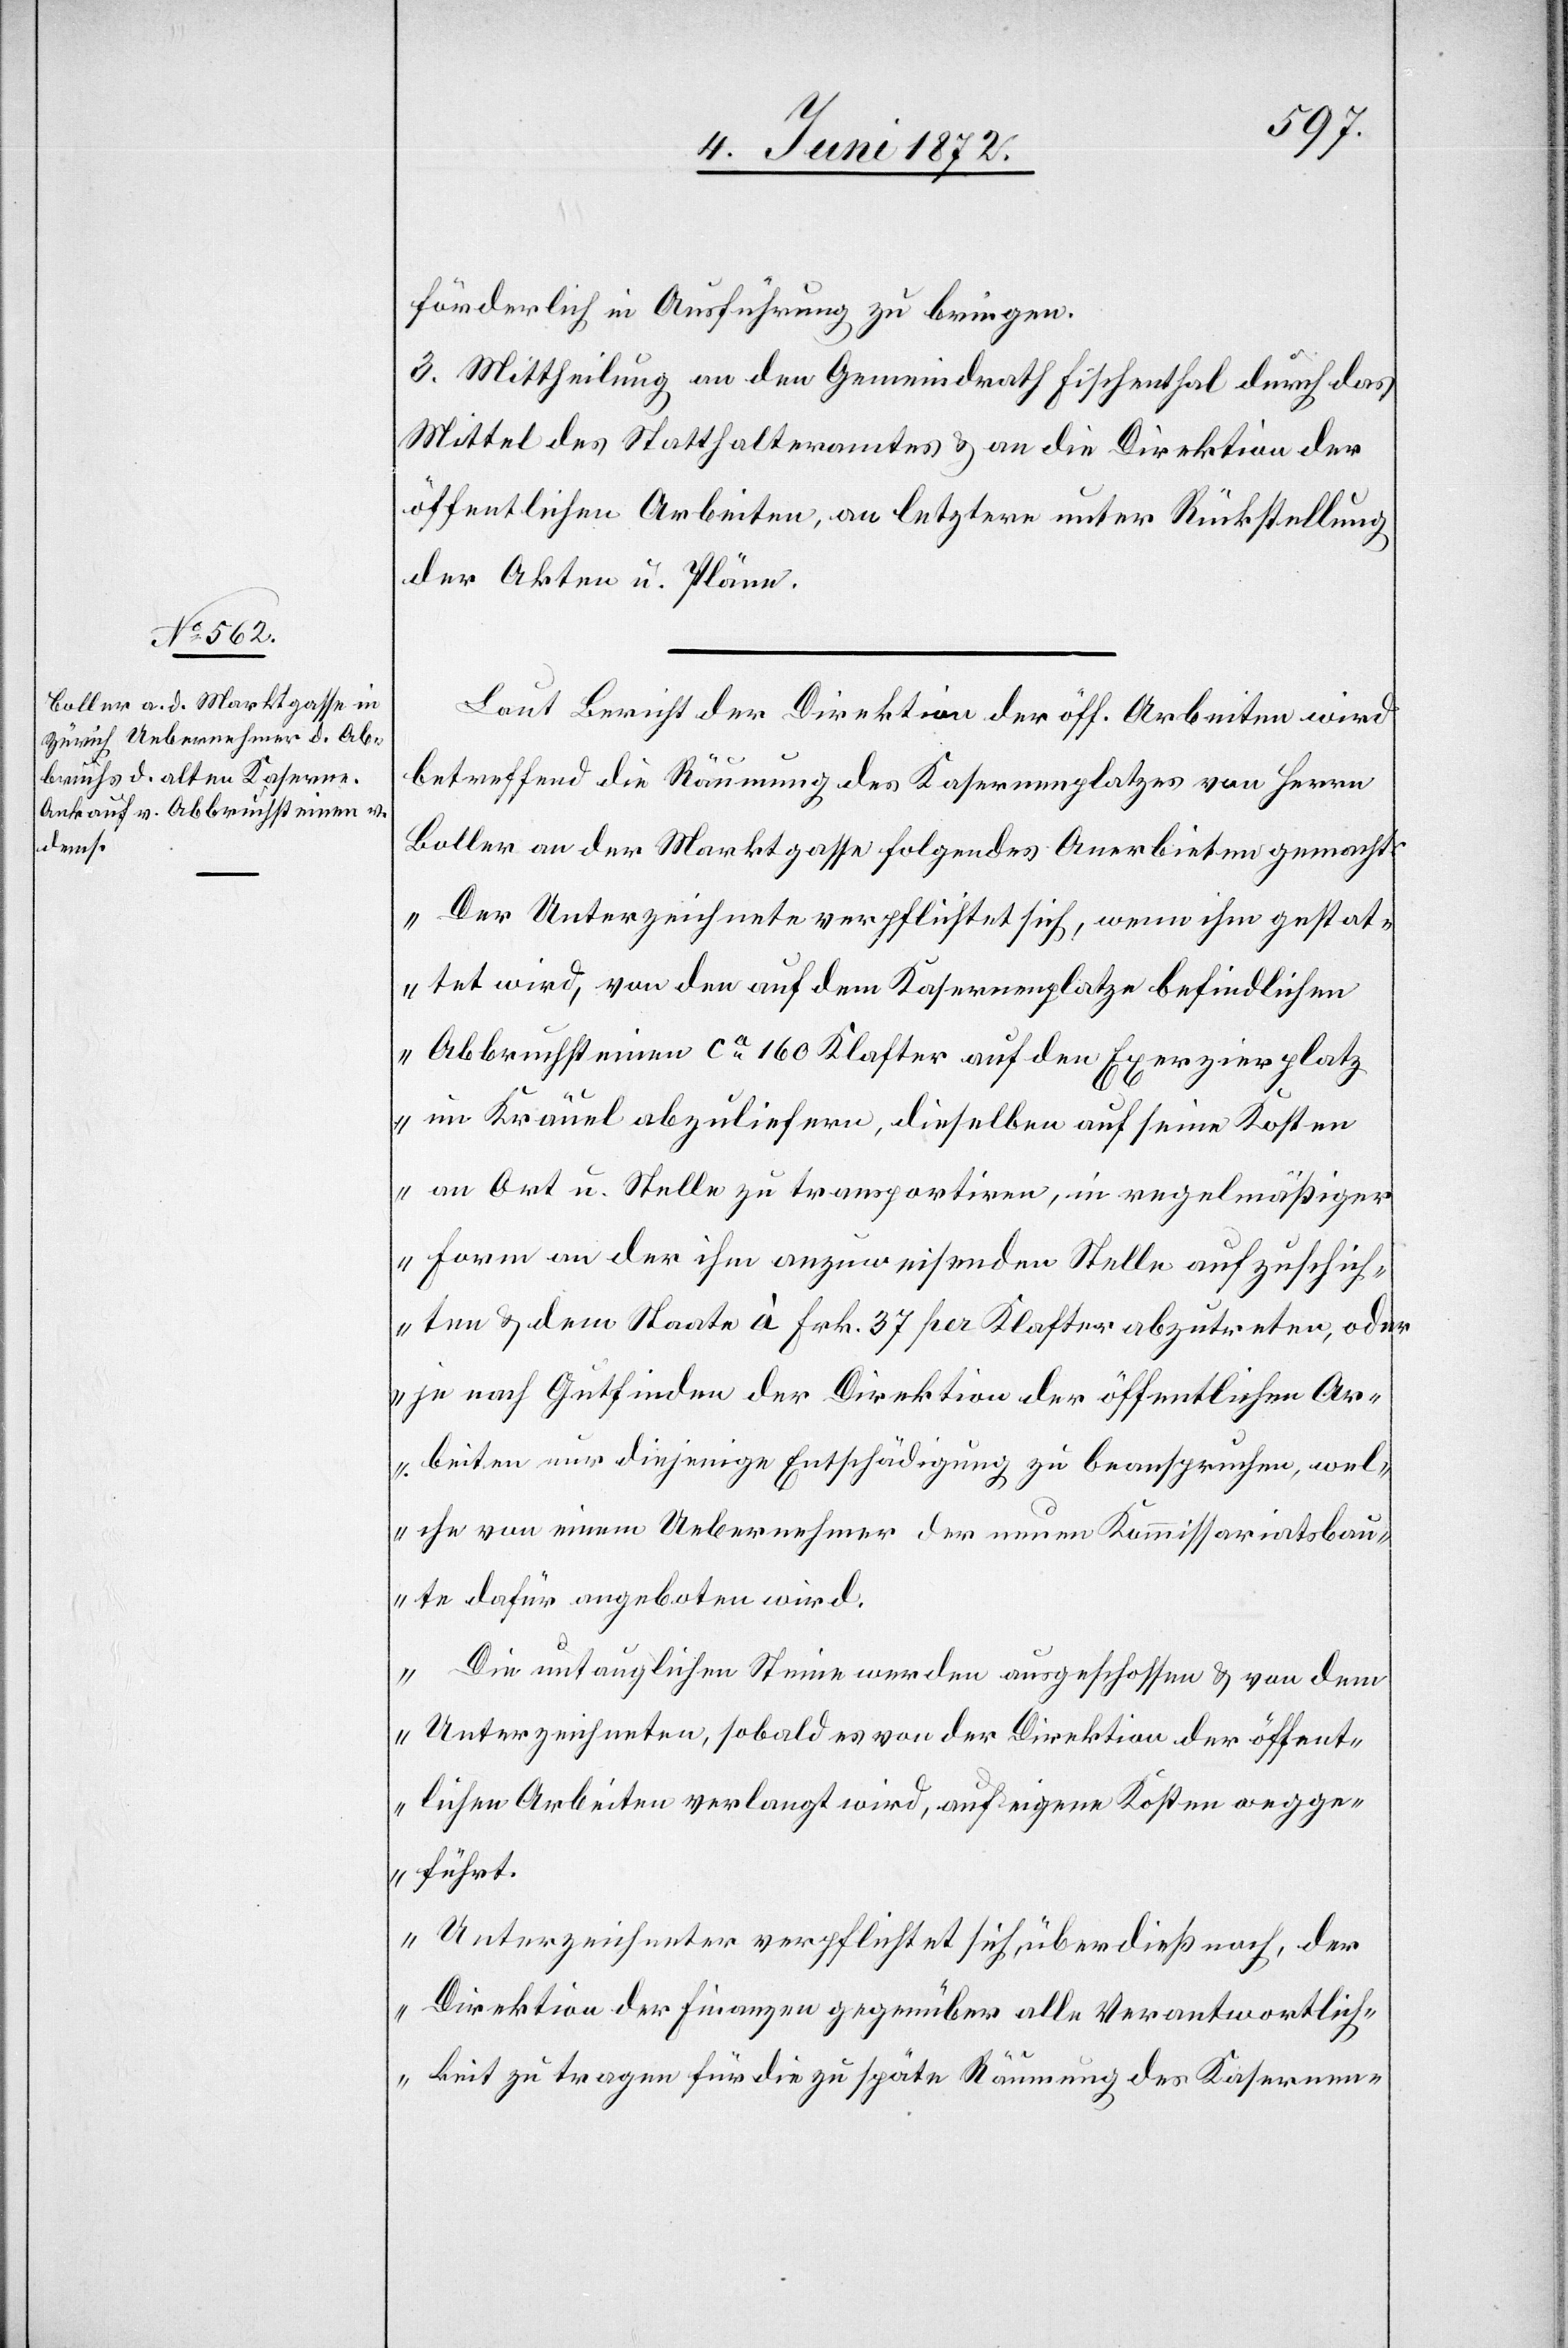
förderlich in Ausführung zu bringen.
3. Mittheilung an den Gemeindrath Fischenthal durch das
Mittel des Statthalteramtes u. an die Direktion der
öffentlichen Arbeiten, an letztere unter Rückstellung
der Akten u. Pläne.
Laut Bericht der Direktion der öff. Arbeiten wird
betreffend die Räumung des Kasernenplatzes von Herrn
Boller an der Marktgasse folgendes Anerbieten gemacht:
„Der Unterzeichnete verpflichtet sich, wenn ihm gestat¬
tet wird, von den auf dem Kasernenplatze befindlichen
Abbruchsteinen ca 160 Klafter auf den Exerzierplatze
im Kräuel abzuliefern, dieselben auf seine Kosten
an Ort u. Stelle zu transportiren, in regelmäßiger
Form an der ihm anzuweisenden Stelle aufzuschich¬
ten u. dem Staate à Frk. 37 per Klafter abzutreten, oder
je nach Gutfinden der Direktion der öffentlichen Ar¬
beiten nur diejenige Entschädigung zu beanspruchen, wel¬
che von einem Uebernehmer der neuen Kommissariatsbau¬
te dafür angeboten wird.
„Die untauglichen Steine werden ausgeschossen u. von dem
Unterzeichneten, sobald es von der Direktion der öffent¬
lichen Arbeiten verlangt wird, auf eigene Kosten wegge¬
führt.
„Unterzeichneter verpflichtet sich, überdieß noch
Direktion der Finanzen gegenüber alle Verantwortlich¬
keit zu tragen für die zu späte Räumung des Kasernen-